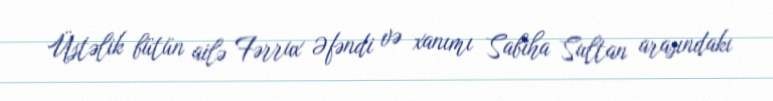
Üstəlik bütün ailə Fərrux Əfəndi və xanımı Sabiha Sultan arasındakı